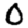
Digit: 0